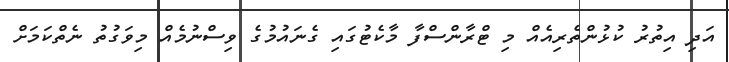
އަދި އިތުރު ކުޅުންތެރިއެއް މި ޓްރާންސްފާ މާކެޓުގައި ގެނައުމުގެ ވިސްނުމެއް މިވަގުތު ނެތްކަމަށް